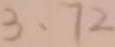
3 \cdot 7 2